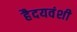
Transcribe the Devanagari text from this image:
हैदयवंशी